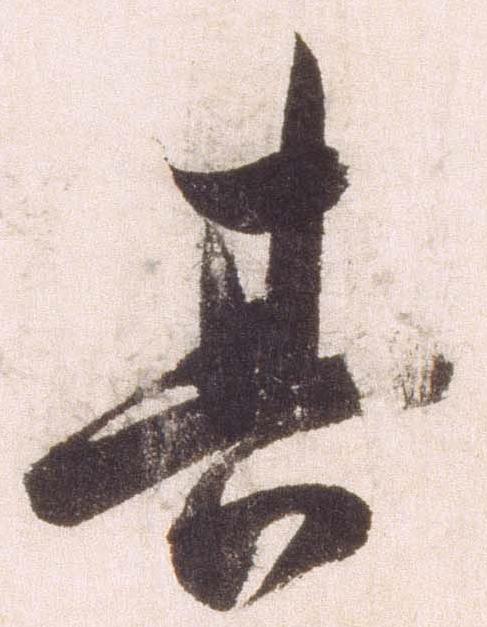
其